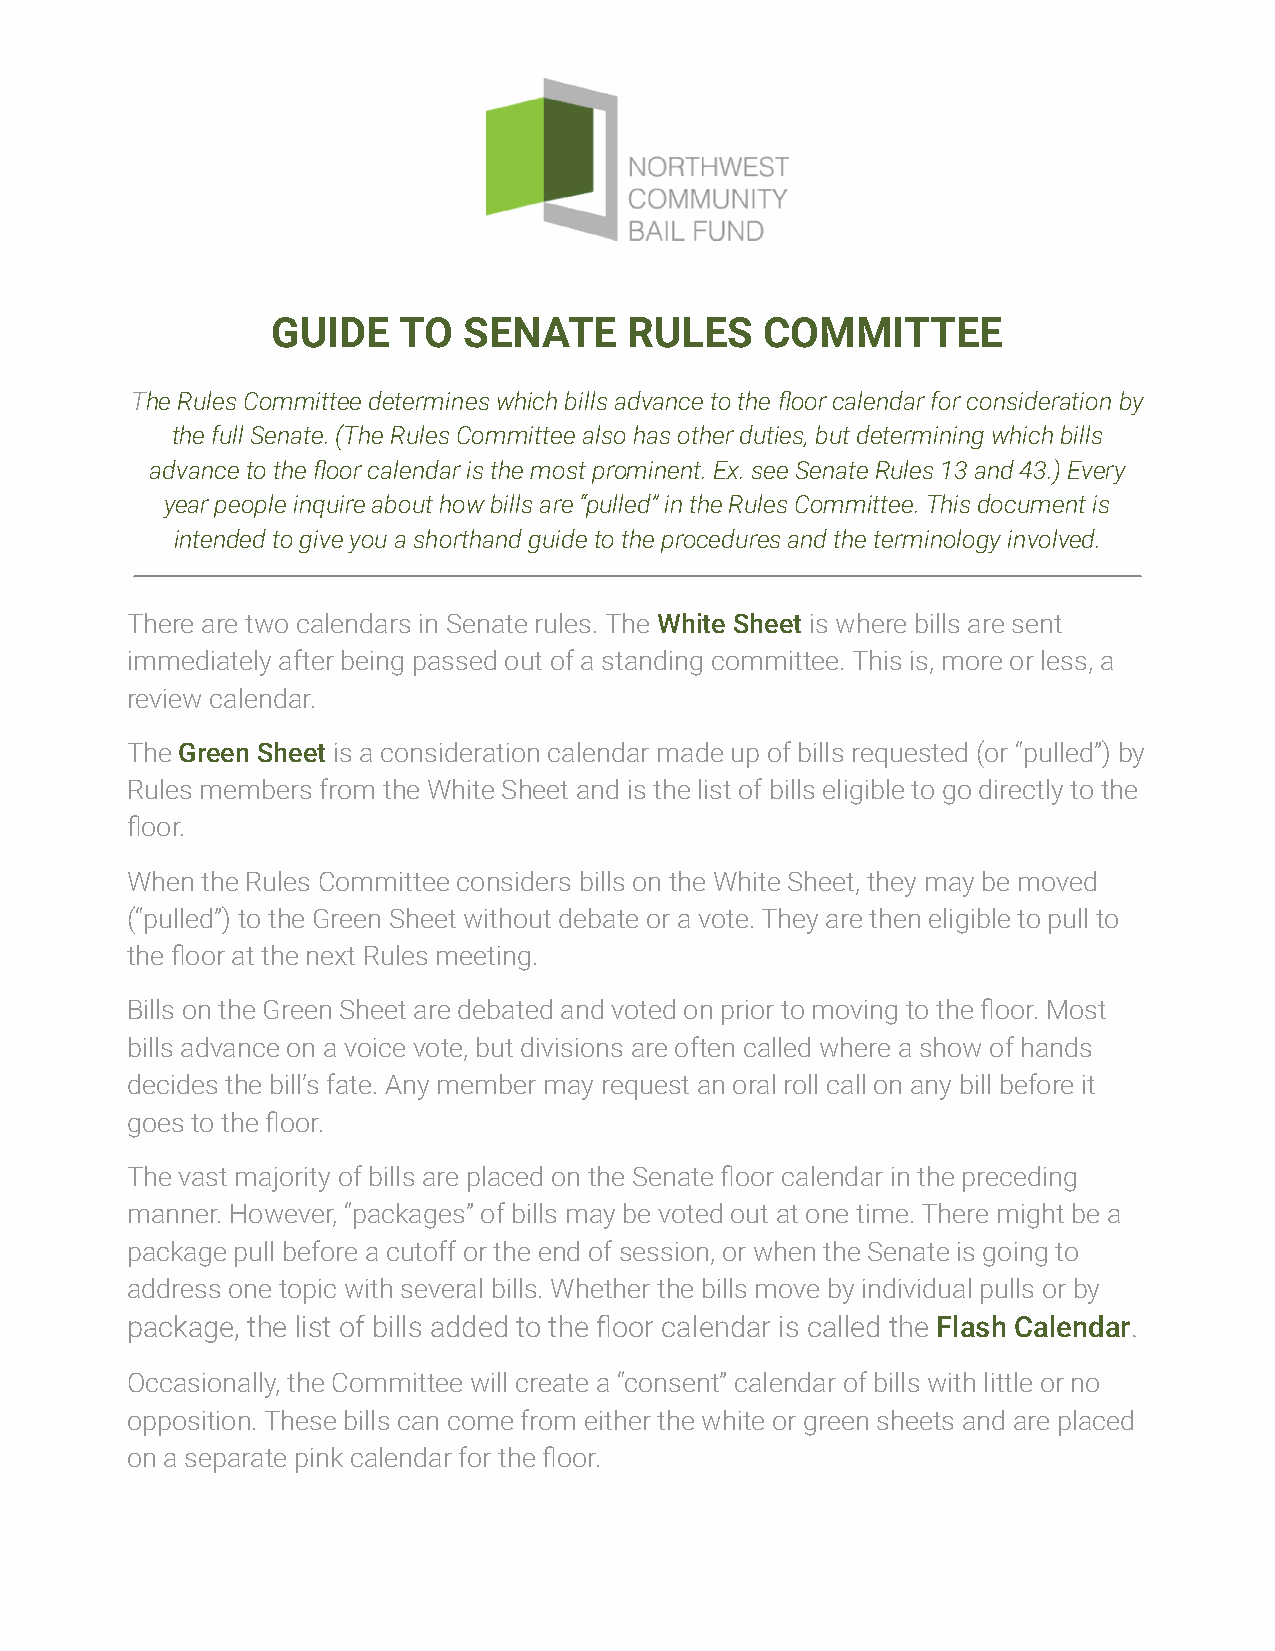
GUIDE   TO   SENATE     RULES    COMMITTEE
 The Rules Committee determines which bills advanceto the floor calendar for consideration by
 the full Senate. (The Rules Committee also has other duties, but determining which bills
 advance to the floor calendar is the most prominent. Ex. see Senate Rules 13 and 43.) Every
 year people inquire about how bills are “pulled” in the Rules Committee. This document is
 intended to give you a shorthand guide to the procedures and the terminology involved.
 There are two calendars in Senate rules. The White Sheet is where bills are sent
 immediately after being passed out of a standing committee. This is, more or less, a
 review calendar.
 The Green Sheet is a consideration calendar made up of bills requested (or “pulled”) by
 Rules members from the White Sheet and is the list of bills eligible to go directly to the
 floor.
 When the Rules Committee considers bills on the White Sheet, they may be moved
 (“pulled”) to the Green Sheet without debate or a vote. They are then eligible to pull to
 the floor at the next Rules meeting.
 Bills on the Green Sheet are debated and voted on prior to moving to the floor. Most
 bills advance on a voice vote, but divisions are often called where a show of hands
 decides the bill’s fate. Any member may request an oral roll call on any bill before it
 goes to the floor.
 The vast majority of bills are placed on the Senate floor calendar in the preceding
 manner. However, “packages” of bills may be voted out at one time. There might be a
 package pull before a cutoff or the end of session, or when the Senate is going to
 address one topic with several bills. Whether the bills move by individual pulls or by
 package, the list of bills added to the floor calendar is called the Flash Calendar.
 Occasionally, the Committee will create a “consent” calendar of bills with little or no
 opposition. These bills can come from either the white or green sheets and are placed
 on a separate pink calendar for the floor.